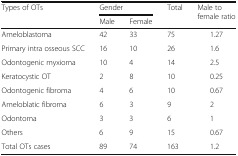
<table><thead><tr><td rowspan="2"><b>Types of OTs</b></td><td colspan="2"><b>Gender</b></td><td rowspan="2"><b>Total</b></td><td rowspan="2"><b>Male to female ratio</b></td></tr><tr><td><b>Male</b></td><td><b>Female</b></td></tr></thead><tbody><tr><td>Ameloblastoma</td><td>42</td><td>33</td><td>75</td><td>1.27</td></tr><tr><td>Primary intra osseous SCC</td><td>16</td><td>10</td><td>26</td><td>1.6</td></tr><tr><td>Odontogenic myxioma</td><td>10</td><td>4</td><td>14</td><td>2.5</td></tr><tr><td>Keratocystic OT</td><td>2</td><td>8</td><td>10</td><td>0.25</td></tr><tr><td>Odontogenic fibroma</td><td>4</td><td>6</td><td>10</td><td>0.67</td></tr><tr><td>Ameloblatic fibroma</td><td>6</td><td>3</td><td>9</td><td>2</td></tr><tr><td>Odontoma</td><td>3</td><td>3</td><td>6</td><td>1</td></tr><tr><td>Others</td><td>6</td><td>9</td><td>15</td><td>0.67</td></tr><tr><td>Total OTs cases</td><td>89</td><td>74</td><td>163</td><td>1.2</td></tr></tbody></table>